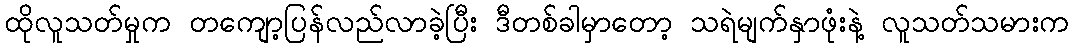
ထိုလူသတ်မှုက တကျော့ပြန်လည်လာခဲ့ပြီး ဒီတစ်ခါမှာတော့ သရဲမျက်နှာဖုံးနဲ့ လူသတ်သမားက